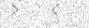
٧٣